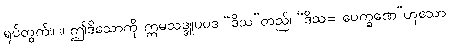
ရုပ်တွက်။ ။ ဤဒိသောကို ဣမသဒ္ဒူပပဒ “ဒိသ”တည်၊ “ဒိသ= ပေက္ခဏေ”ဟူသော